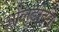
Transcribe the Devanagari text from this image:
ओलुडोटुन